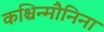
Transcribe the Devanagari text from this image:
कश्चिन्मौनिना